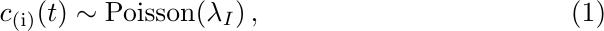
\begin{equation}
c_{\text{(i)}}(t) \sim \text{Poisson}(\lambda_I)\,,
\end{equation}